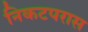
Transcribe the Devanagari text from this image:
निकटपरास